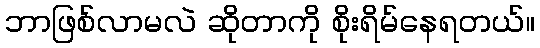
ဘာဖြစ်လာမလဲ ဆိုတာကို စိုးရိမ်နေရတယ်။